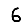
Digit: 6